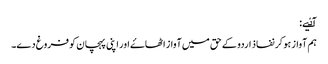
آٸیے:
ہم آواز ہو کر نفاذ اردو کے حق میں آواز اٹھاۓ اور اپنی پہچان کو فروغ دے۔